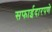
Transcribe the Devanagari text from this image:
सफाईदारपणे